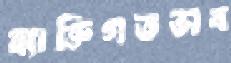
ব্যাক্তিগতভাব